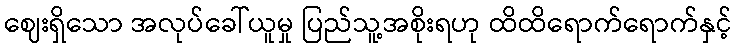
ဈေးရှိသော အလုပ်ခေါ်ယူမှု ပြည်သူ့အစိုးရဟု ထိထိရောက်ရောက်နှင့်